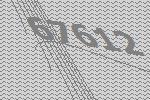
67612